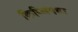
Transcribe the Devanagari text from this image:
किप्लिंगचा